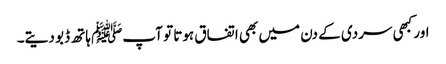
اور کبھی سردی کے دن میں بھی اتفاق ہوتا تو آپﷺ ہاتھ ڈبو دیتے۔